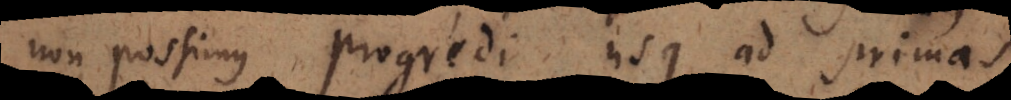
non possimus progredi usque ad primas